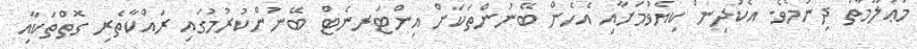
މަޢުލޫމާތު ދިނުމެވެ. އެކުދިން ކިޔެވުމަށާއި އެހެން ބޭނުންތަކަށް އިންޓަރނެޓް ބޭނުންކުރުމުގައި ރައްކާތެރި ގޮތްތަކާއި